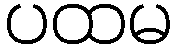
ပထမ